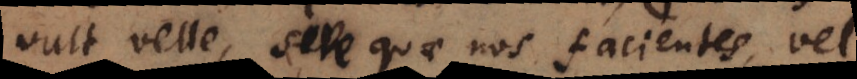
vult velle, sive quae nos facientes vel